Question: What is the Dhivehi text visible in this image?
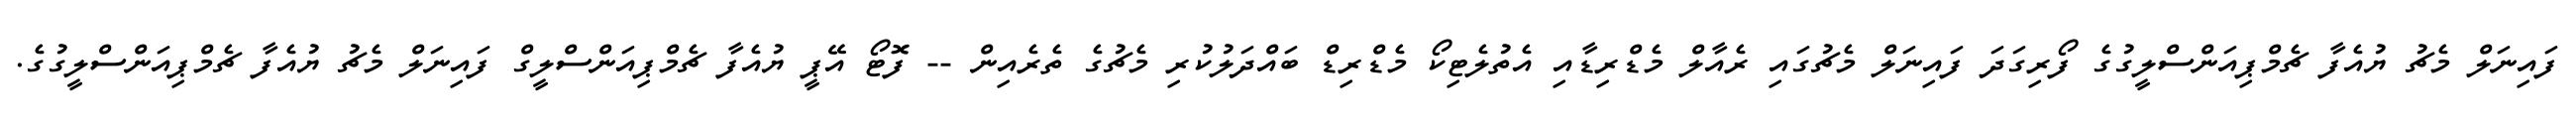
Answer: ފައިނަލް މެޗު ޔުއެފާ ޗެމްޕިއަންސްލީގުގެ ފޯރިގަދަ ފައިނަލް މެޗުގައި ރެއާލް މެޑްރިޑާއި އެތުލެޓިކޯ މެޑްރިޑް ބައްދަލުކުރި މެޗުގެ ތެރެއިން -- ފޮޓޯ އޭޕީ ޔުއެފާ ޗެމްޕިއަންސްލީގް ފައިނަލް މެޗު ޔުއެފާ ޗެމްޕިއަންސްލީގުގެ.